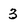
Character: 3